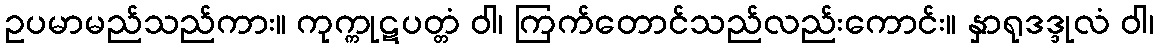
ဥပမာမည်သည်ကား။ ကုက္ကုဋပတ္တံ ဝါ၊ ကြက်တောင်သည်လည်းကောင်း။ နှာရုဒဒ္ဒုလံ ဝါ၊